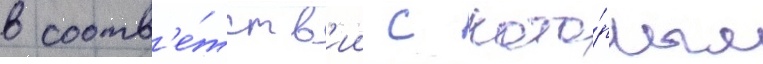
в соотв'е́тств'ии с кото́рым